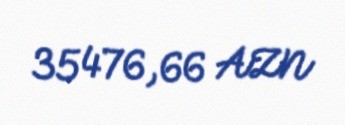
35476,66 AZN